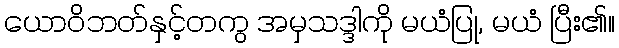
ယောဝိဘတ်နှင့်တကွ အမှသဒ္ဒါကို မယံပြု, မယံ ပြီး၏။